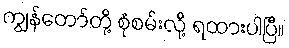
ကျွန်တော်တို့ စုံစမ်းလို့ ရထားပါပြီ။